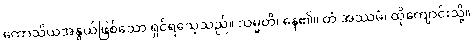
ကောသိယအနွယ်ဖြစ်သော ရှင်ရသေ့သည်။ သမ္မတိ၊ နေ၏။ တံ အဿမံ၊ ထိုကျောင်းသို့။